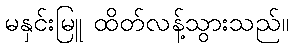
မနှင်းမြူ ထိတ်လန့်သွားသည်။